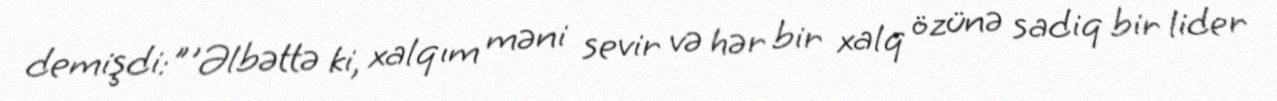
demişdi:"'Əlbəttə ki, xalqım məni sevir və hər bir xalq özünə sadiq bir lider